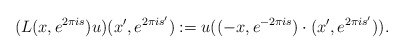
\begin{align*}(L(x, e^{2\pi i s})u)(x',e^{2\pi i s'}):=u((-x, e^{-2\pi i s})\cdot(x',e^{2\pi i s'})).\end{align*}